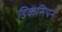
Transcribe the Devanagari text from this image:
डिकेंसियन